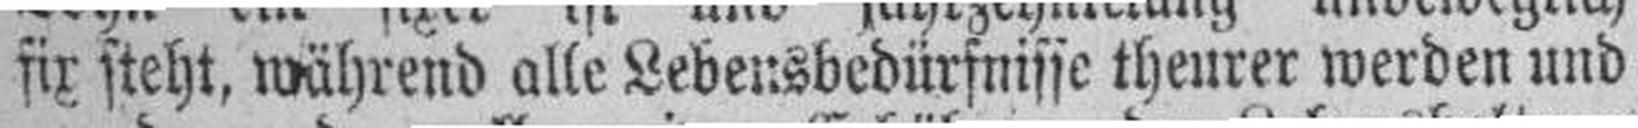
fir steht, während alle Lebensbedürfnisse theurer werden und